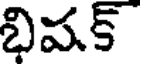
భిషక్